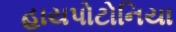
હાયપોટોનિયા